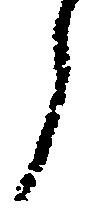
郎